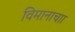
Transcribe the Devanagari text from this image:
विमानाचाा